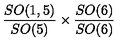
{ \frac { S O ( 1 , 5 ) } { S O ( 5 ) } } \times { \frac { S O ( 6 ) } { S O ( 6 ) } }